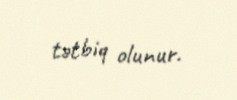
tətbiq olunur.